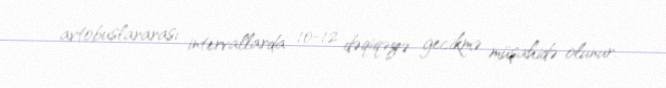
avtobuslararası intervallarda 10-12 dəqiqəyə gecikmə müşahidə olunur.